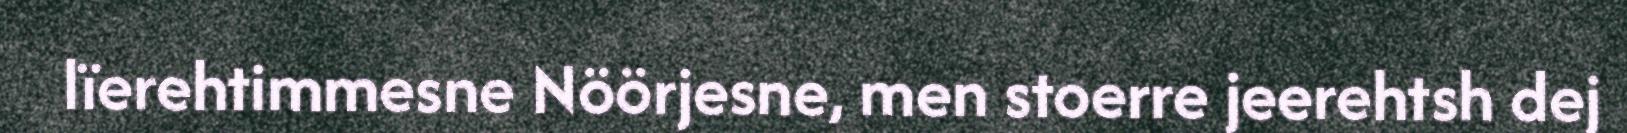
lïerehtimmesne Nöörjesne, men stoerre jeerehtsh dej